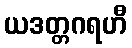
ယဒတ္တဂရဟီ